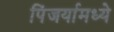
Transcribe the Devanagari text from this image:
पिंजर्यामध्ये